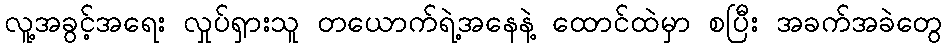
လူ့အခွင့်အရေး လှုပ်ရှားသူ တယောက်ရဲ့အနေနဲ့ ထောင်ထဲမှာ စပြီး အခက်အခဲတွေ